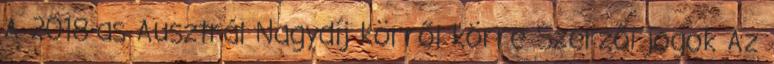
A 2018-as Ausztrál Nagydíj körről körre Szerzői jogok Az